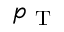
p _ { \mathrm { ~ T ~ } }